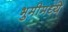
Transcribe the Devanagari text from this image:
भुमीमध्ये